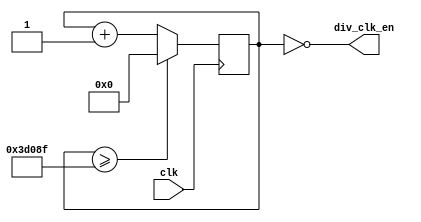
`timescale 1ns / 1ps
//////////////////////////////////////////////////////////////////////////////////
// Company: 
// Engineer: 
// 
// Design Name: 
// Module Name: gen_clk_div_en
// Project Name: 
// Target Devices: 
// Tool Versions: 
// Description: 
// 
// Dependencies: 
// 
// Revision:
// Revision 0.01 - File Created
// Additional Comments:
// 
//////////////////////////////////////////////////////////////////////////////////


module gen_clk_div_en #(parameter DIV_RATIO = 250000)
                       (input clk, 
                        output div_clk_en);

localparam BITS_CNT = $clog2(DIV_RATIO); 



reg [BITS_CNT - 1: 0] cntr; 

initial begin 
    cntr = 3'd3; 
end

always @(posedge clk) begin 
    cntr <= (cntr >= (DIV_RATIO-1'b1)) ? 'b0 : cntr + 1'b1;
end

assign div_clk_en = (cntr == 'b0); 

endmodule